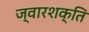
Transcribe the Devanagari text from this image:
ज्वारशक्ति